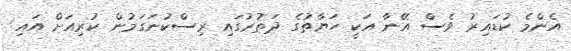
އެންމެ ކުޑައިރު ވެސް އޭނާ އަކީ ހަޔާތުގެ ދަތުރުގައި ރިސްކުނަގަމުން ކުރިއަށް އައި